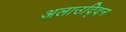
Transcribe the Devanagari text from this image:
अलाउद्दिन